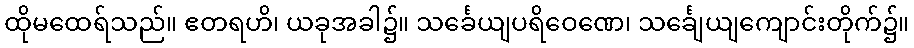
ထိုမထေရ်သည်။ ဧတရဟိ၊ ယခုအခါ၌။ သင်္ခေယျပရိဝေဏေ၊ သင်္ချေယျကျောင်းတိုက်၌။